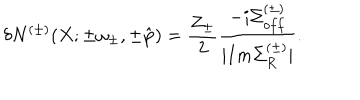
\delta N ^ { ( \pm ) } ( X ; \pm \omega _ { \pm } , \pm \hat { \bf p } ) = \frac { Z _ { \pm } } { 2 } \frac { - i \Sigma _ { o f f } ^ { ( \pm ) } } { | I m \Sigma _ { R } ^ { ( \pm ) } | } .